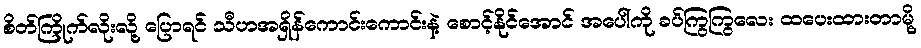
စိတ်ကြိုက်လိုးလို့ ပြောရင် သီဟအရှိန်ကောင်းကောင်းနဲ့ စောင့်နိုင်အောင် အပေါ်ကို ခပ်ကြွကြွလေး ထပေးထားတာမို့